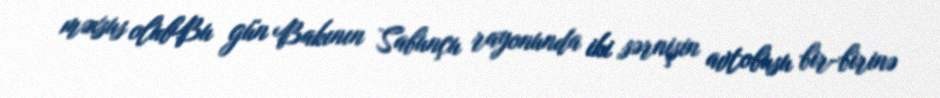
məxsus olubBu gün Bakının Sabunçu rayonunda iki sərnişin avtobusu bir-birinə